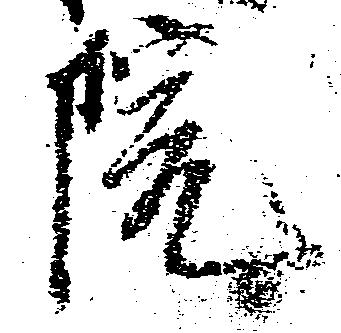
院